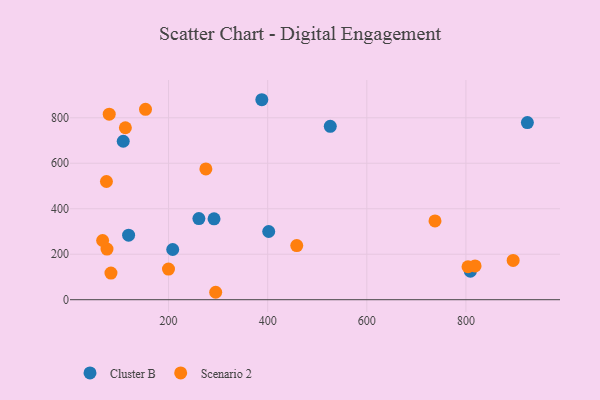
{"axis": {"x": "Distance", "y": "Sales"}, "legend": ["Cluster B", "Scenario 2"], "data": [{"x": "291.8", "y": 355.6, "type": "Cluster B"}, {"x": "108.6", "y": 696.8, "type": "Cluster B"}, {"x": "809.0", "y": 125.7, "type": "Cluster B"}, {"x": "402.1", "y": 300.0, "type": "Cluster B"}, {"x": "261.2", "y": 357.0, "type": "Cluster B"}, {"x": "924.0", "y": 779.0, "type": "Cluster B"}, {"x": "388.2", "y": 879.4, "type": "Cluster B"}, {"x": "526.3", "y": 762.6, "type": "Cluster B"}, {"x": "208.4", "y": 220.7, "type": "Cluster B"}, {"x": "119.4", "y": 284.0, "type": "Cluster B"}, {"x": "153.5", "y": 837.2, "type": "Scenario 2"}, {"x": "83.8", "y": 117.1, "type": "Scenario 2"}, {"x": "75.8", "y": 222.7, "type": "Scenario 2"}, {"x": "67.0", "y": 260.3, "type": "Scenario 2"}, {"x": "74.7", "y": 519.8, "type": "Scenario 2"}, {"x": "804.2", "y": 145.0, "type": "Scenario 2"}, {"x": "818.5", "y": 148.6, "type": "Scenario 2"}, {"x": "199.9", "y": 134.7, "type": "Scenario 2"}, {"x": "737.6", "y": 346.3, "type": "Scenario 2"}, {"x": "295.1", "y": 32.7, "type": "Scenario 2"}, {"x": "112.9", "y": 756.2, "type": "Scenario 2"}, {"x": "80.3", "y": 815.8, "type": "Scenario 2"}, {"x": "275.3", "y": 574.9, "type": "Scenario 2"}, {"x": "458.7", "y": 238.2, "type": "Scenario 2"}, {"x": "895.3", "y": 172.6, "type": "Scenario 2"}]}